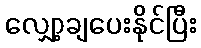
လျှော့ချပေးနိုင်ပြီး